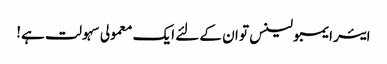
ایئر ایمبولینس تو ان کے لئے ایک معمولی سہولت ہے!